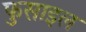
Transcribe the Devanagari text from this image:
फुसाइल